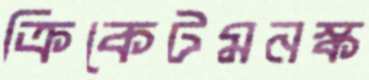
ক্রিকেটমনস্ক